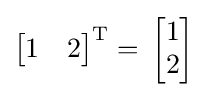
{\begin{bmatrix}1&2\end{bmatrix}}^{\text{T}}=\,{\begin{bmatrix}1\\2\end{bmatrix}}